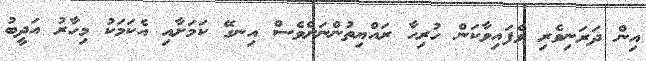
އިން ދަރަނިވެރި ވެފައިވާކަން ހުރިހާ ރައްޔިތުންނަށްވެސް އިނގޭ ކަމަށާއި އެކަމަކު މިހާރު އަދީބު